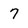
Character: 7